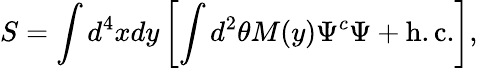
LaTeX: S=\int d^{4}xdy\left[\int d^{2}\theta M(y)\Psi^{c}\Psi+\mathrm{h.c.}\right],